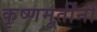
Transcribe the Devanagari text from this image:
कृष्णमूर्तींनीं